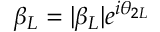
\beta _ { L } = | \beta _ { L } | e ^ { i \theta _ { 2 L } }